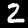
Label: 2